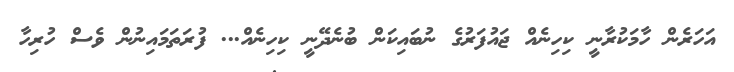
އަހަރެން ހާމަކުރާނީ ކިހިނެއް ޖައުފަރުގެ ނުބައިކަން ބުނެދޭނީ ކިހިނެއް... ފުރަތަމައިނުން ވެސް ހުރިހާ